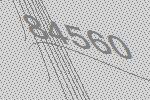
84560